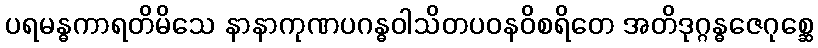
ပရမန္ဓကာရတိမိသေ နာနာကုဏပဂန္ဓဝါသိတပဝနဝိစရိတေ အတိဒုဂ္ဂန္ဓဇေဂုစ္ဆေ